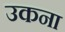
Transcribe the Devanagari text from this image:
उकना